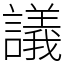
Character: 議